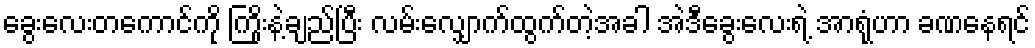
ခွေးလေးတကောင်ကို ကြိုးနဲ့ချည်ပြီး လမ်းလျှောက်ထွက်တဲ့အခါ အဲဒီခွေးလေးရဲ့ အာရုံဟာ ခဏနေရင်